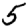
Digit: 5